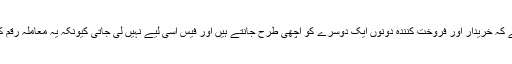
فرینڈز اینڈ فیملی کا مطلب ہے کہ خریدار اور فروخت کنندہ دونوں ایک دوسرے کو اچھی طرح جانتے ہیں اور فیس اسی لیے نہیں لی جاتی کیونکہ یہ معاملہ رقم کی سادہ ترسیل کا ہو جاتا ہے۔